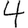
Digit: 4